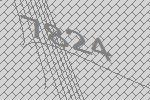
7824